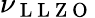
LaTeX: \nu_{\mathrm{~L~L~Z~O~}}